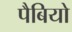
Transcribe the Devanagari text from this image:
पैबियो